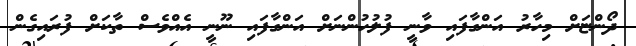
ދޯންޏަށް މިހާރު އަންގާފައި ވާނީ ފުލުހުންނަށް އަންގާފައި ނޫނީ އެއްވެސް ތާކަށް ފުރައިގެން